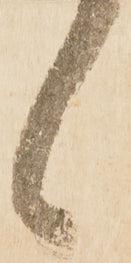
候